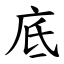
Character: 底